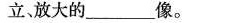
立、放大的_________像。